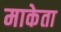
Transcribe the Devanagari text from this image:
माकेता